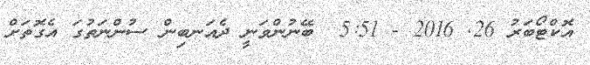
އޮކްޓޯބަރު 26